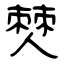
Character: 僰